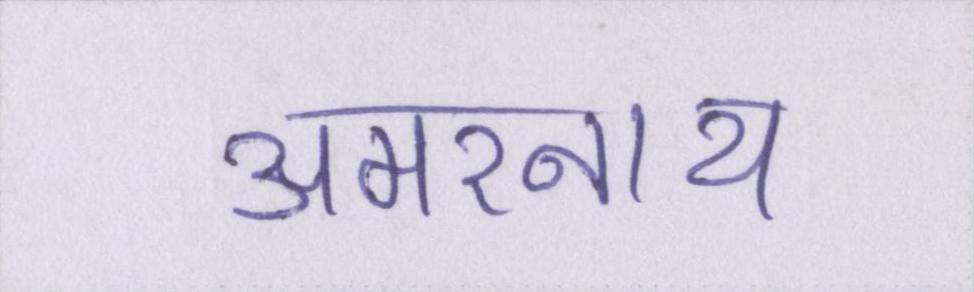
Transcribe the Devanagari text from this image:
अमरनाथ